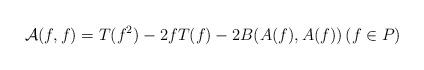
LaTeX: \begin{align*} \mathcal{A}(f, f)= T(f^{2})- 2fT(f)-2B(A(f), A(f)) \left(f\in P\right)\end{align*}